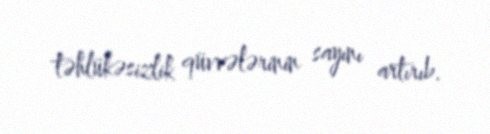
təhlükəsizlik qüvvələrinin sayını artırıb.